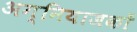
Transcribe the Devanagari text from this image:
अग्नियाजकों